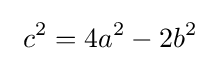
\ c^{2}=4a^{2}-2b^{2}